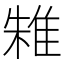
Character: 𨾲